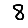
Digit: 8